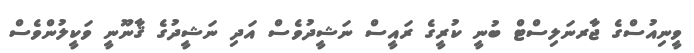
ވީނިއުސްގެ ޖާރނަލިސްޓް ބުނީ ކުރީގެ ރައީސް ނަޝީދުވެސް އަދި ނަޝީދުގެ ޤާނޫނީ ވަކީލުންވެސް